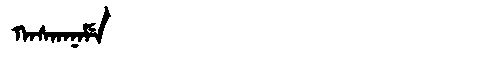
Manchu: ᡴᠠᠰᡴᠠᠨᠠᠮᡝ
Romanization: KASKANAME